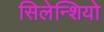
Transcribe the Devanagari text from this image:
सिलेन्शियो